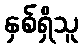
နှစ်ရှိသူ